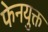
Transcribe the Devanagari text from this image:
फेनयुक्त